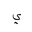
Letter: _ya